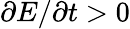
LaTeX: \partial E/\partial t>0